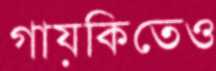
গায়কিতেও